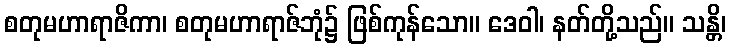
စတုမဟာရာဇိကာ၊ စတုမဟာရာဇ်ဘုံ၌ ဖြစ်ကုန်သော။ ဒေဝါ၊ နတ်တို့သည်။ သန္တိ၊